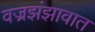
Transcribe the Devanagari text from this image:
वज्रझंझावात